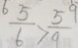
\frac { 5 } { 6 } > \frac { 5 } { 9 }